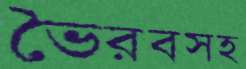
ভৈরবসহ